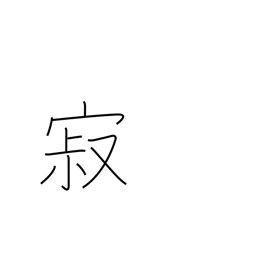
Meaning: mellow